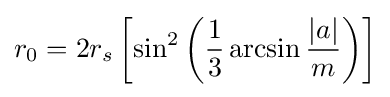
r_{0}=2r_{s}\left[\sin ^{2}\left({\frac {1}{3}}\arcsin {\frac {|a|}{m}}\right)\right]